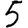
Digit: 5